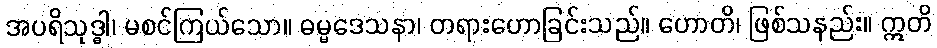
အပရိသုဒ္ဓါ၊ မစင်ကြယ်သော။ ဓမ္မဒေသနာ၊ တရားဟောခြင်းသည်။ ဟောတိ၊ ဖြစ်သနည်း။ ဣတိ